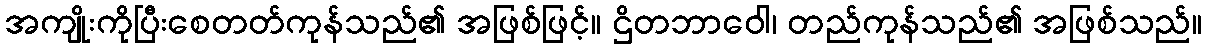
အကျိုးကိုပြီးစေတတ်ကုန်သည်၏ အဖြစ်ဖြင့်။ ဌိတဘာဝေါ၊ တည်ကုန်သည်၏ အဖြစ်သည်။